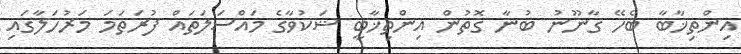
އިންތިޚާބާ ބެހޭ ގާނޫނު ބުނާ ގޮތުން އިންތިޚާބީ ޝަކުވާގެ މައްސަލަތައް ފުރަތަމަ މަރުހަލާގައި